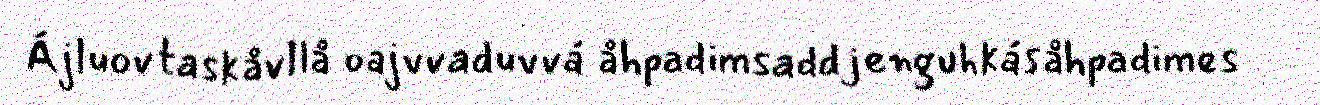
Ájluovtaskåvllå oajvvaduvvá åhpadimsaddjenguhkásåhpadimes